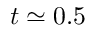
t \simeq 0 . 5